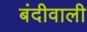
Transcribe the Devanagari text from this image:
बंदीवाली